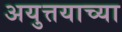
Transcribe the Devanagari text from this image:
अयुत्तयाच्या